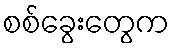
စစ်ခွေးတွေက